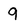
Character: 9